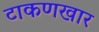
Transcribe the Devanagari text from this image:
टाकणखार